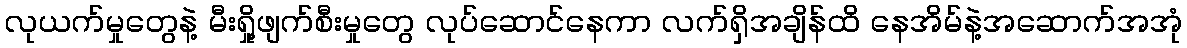
လုယက်မှုတွေနဲ့ မီးရှို့ဖျက်စီးမှုတွေ လုပ်ဆောင်နေကာ လက်ရှိအချိန်ထိ နေအိမ်နဲ့အဆောက်အအုံ